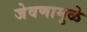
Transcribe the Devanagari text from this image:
जेवणामुळे